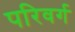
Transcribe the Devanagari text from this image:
परिवर्ग